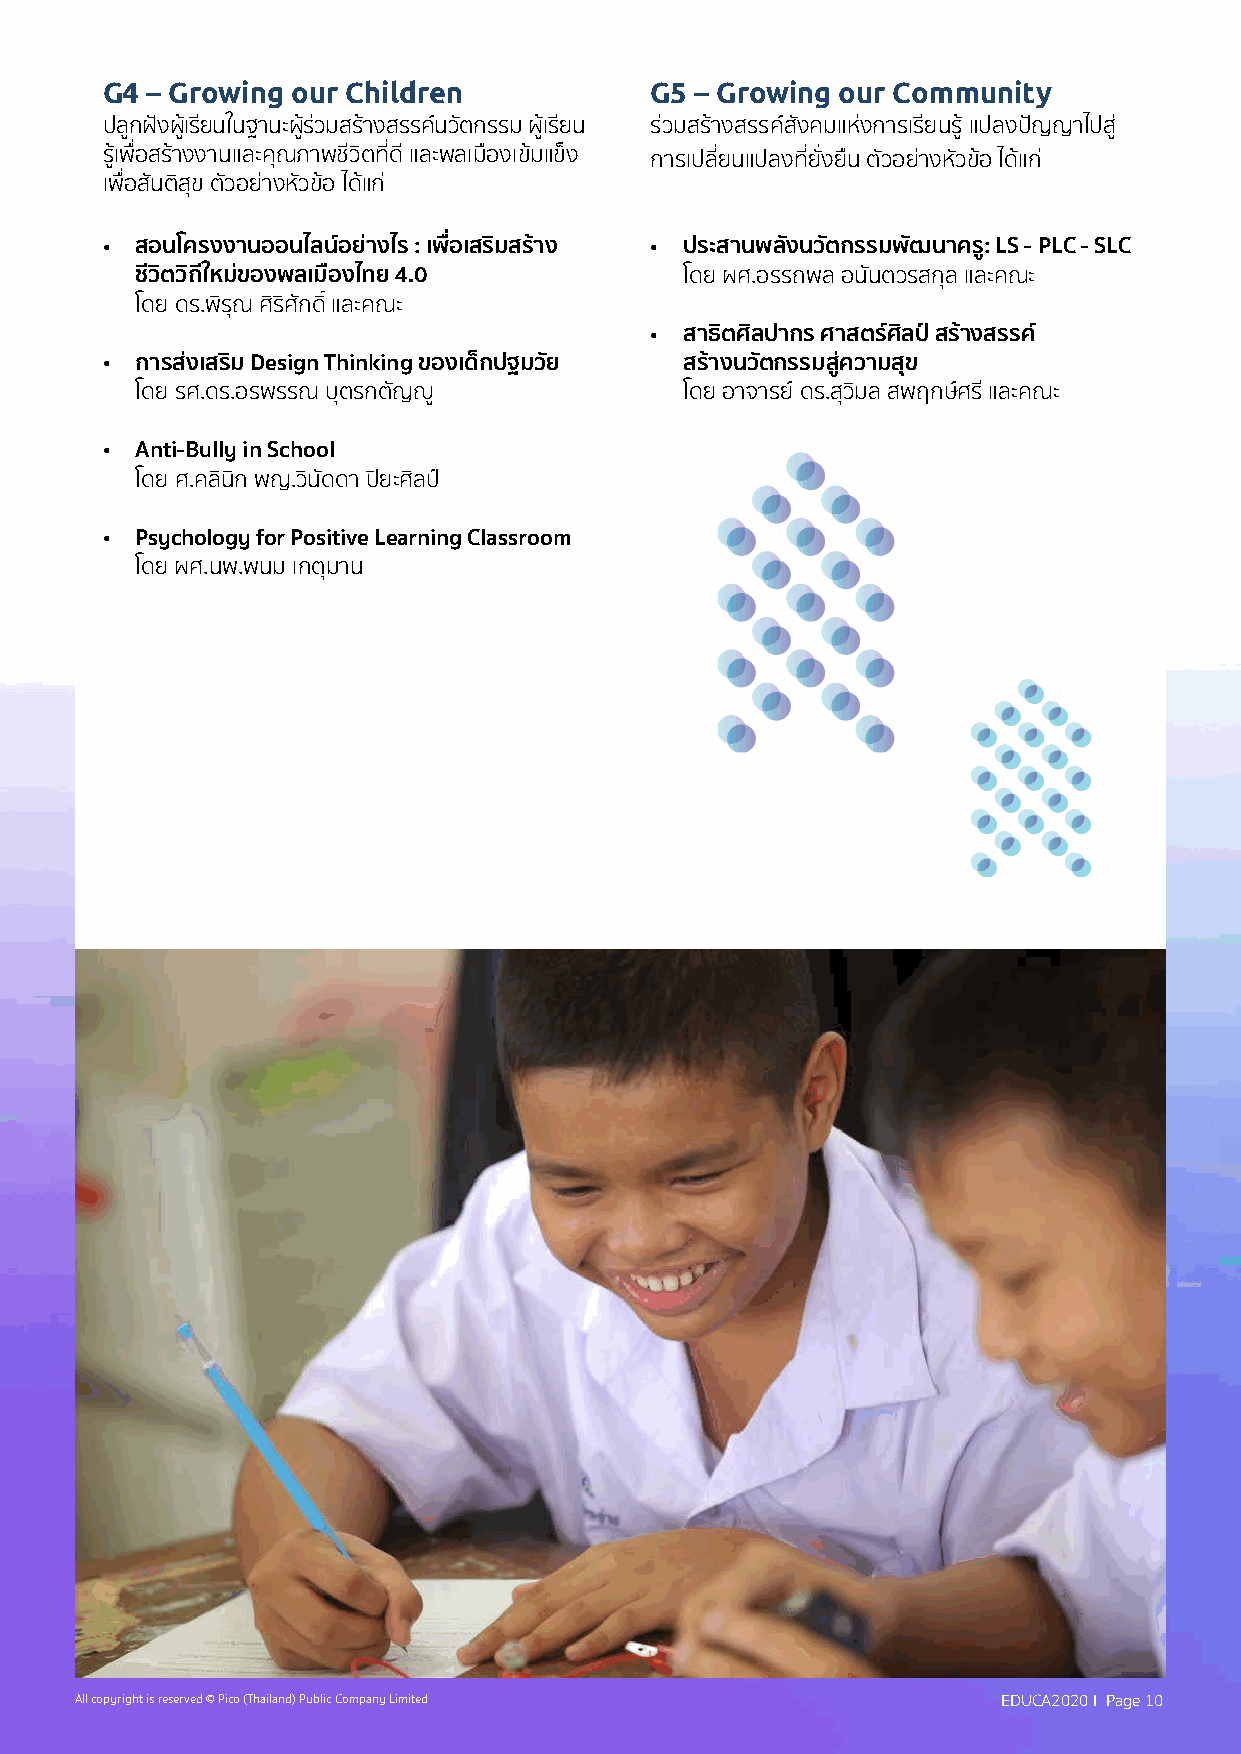
G4 – Growing our Children           G5 – Growing our Community
 ปีลก้ ฝ่งั ผเ้้รย่ นในฐานะผร้้ วิ่ มสรา้ งสรรคน์ วิตั กรรม ผเ้้รย่ น ร่วิมสรา้ งสรรค์สังคมแห่งการเร่ยนร้้ แปีลงปีัญญาไปีส่้
 รเ้้พื่ื�อสร้างงานและคุณ์ภาพื่ชิ่วิิตท่่�ด่ และพื่ลเมืองเข้มแข็ง การเปีล่�ยนแปีลงท่่�ยั�งยืน ตัวิอย่างหัวิข้อ ได้แก่
 เพื่ื�อสนั ติสุข ตัวิอยา่ งหัวิข้อ ได้แก่
 •                                   •
 สอนโครงงานออนไลิน์อย�างไร : เพ�อ่ เสริมสร้าง ประสานพลิังนวิัตกรรมพัฒนาคร่: LS - PLC - SLC
 ชีวิิตวิถิ ีใหมข� องพลิเม่องไทุย 4.0 โดย ผศ.อรรถพื่ล อนันตวิรสกุล และคณ์ะ
 โดย ดร.พื่ิรุณ์ ศิริศักดิ� และคณ์ะ
 • สาธติ ศิลิปากร ศาสตร์ศิลิป ์สร้างสรรค์
 •
 การสง� เสริม Design Thinking ของเด็กปฐมวิัย สร้างนวิัตกรรมส�ค่ วิามสุข
 โดย รศ.ดร.อรพื่รรณ์ บุตรกตัญญู้     โดย อาจารย ์ดร.สุวิิมล สพื่ฤกษศ์ ร่ และคณ์ะ
 •
 Anti-Bully in School
 โดย ศ.คลินิก พื่ญ.วิินัดดา ปีิยะศลิ ปี์
 •
 Psychology for Positive Learning Classroom
 โดย ผศ.นพื่.พื่นม เกตมุ าน
 All copyright is reserved © Pico (Thailand) Public Company Limited EDUCA2020 I Page 10